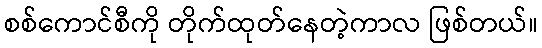
စစ်ကောင်စီကို တိုက်ထုတ်နေတဲ့ကာလ ဖြစ်တယ်။